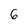
Character: 6